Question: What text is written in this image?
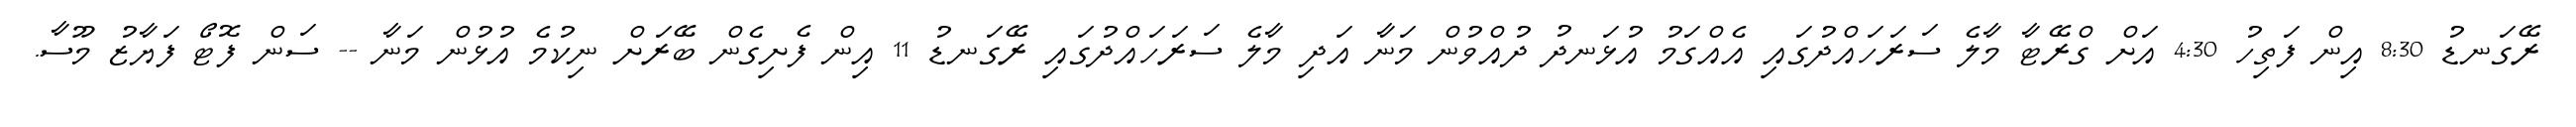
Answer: ރޭގަނޑު 8:30 އިން ފަތިހު 4:30 އަށް ގްރޭޓާ މާލެ ސަރަހައްދުގައި އެއްގަމު އުޅަނދު ދުއްވުން މަނާ އަދި މާލެ ސަރަހައްދުގައި ރޭގަނޑު 11 އިން ފެށިގެން ބޭރަށް ނިކުމެ އުޅުން މަނާ -- ސަން ފޮޓޯ ފަޔާޒު މޫސާ.